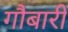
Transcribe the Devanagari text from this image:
गौबारी